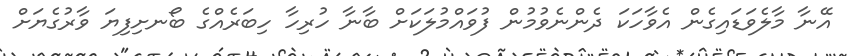
އޭނާ މާލެވަޑައިގެން އެވާހަކަ ދެންނެވުމުން ފުވައްމުލަކަށް ބާނާ ހުރިހާ ހިބަރެއްގެ ބޯނށިފިޔަ ވާރުގެޔަށް